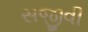
સજીવી